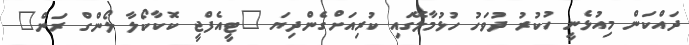
ދައްކަން މިއުޅެނީ ހުކުރު ދުވަހު ހުޅުމާލޭގައި ކުރިއަށްގެންދިޔަ "ޓީއެފްޖީ ކޮކާކޯލާ ލޯންގް ރަން"